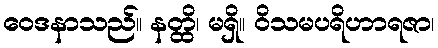
ဝေဒနာသည်။ နတ္ထိ၊ မရှိ။ ဝိသမပရိဟာရဇာ၊